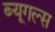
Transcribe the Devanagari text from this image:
ब्यूगल्स